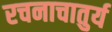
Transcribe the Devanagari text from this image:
रचनाचातुर्य